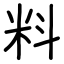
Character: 料